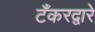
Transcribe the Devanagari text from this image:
टँकरद्वारे